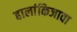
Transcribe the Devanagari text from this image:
हालांकिजावा